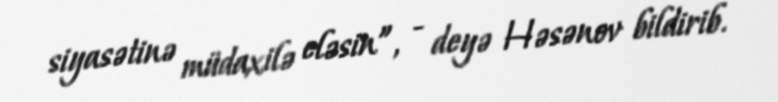
siyasətinə müdaxilə eləsin”, - deyə Həsənov bildirib.